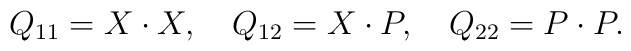
Q_{11}=X\cdot X,\quad Q_{12}=X\cdot P,\quad Q_{22}=P\cdot P.